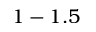
1 - 1 . 5